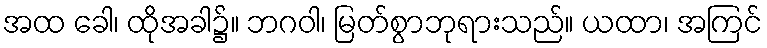
အထ ခေါ၊ ထိုအခါ၌။ ဘဂဝါ၊ မြတ်စွာဘုရားသည်။ ယထာ၊ အကြင်